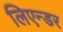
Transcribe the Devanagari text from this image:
लिएन्डर